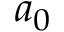
a _ { 0 }